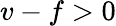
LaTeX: v-f>0